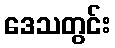
ဒေသတွင်း